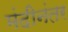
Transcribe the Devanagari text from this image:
मंदीनंतर